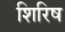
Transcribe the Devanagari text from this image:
शिरिष